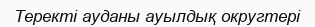
Теректі ауданы ауылдық округтері